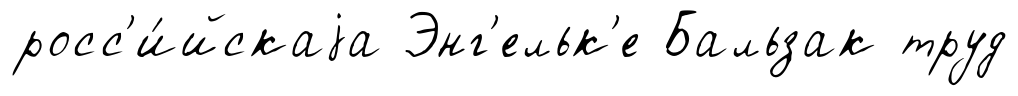
росс'и́йскаjа Энг'ельк'е Бальзак труд